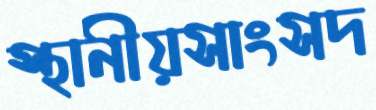
স্থানীয়সাংসদ